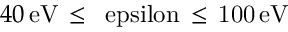
4 0 \, \mathrm { { e V } \, \leq \, \ e p s i l o n \, \leq \, 1 0 0 \, \mathrm { { e V } } }